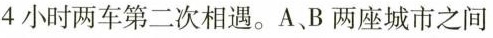
4小时两车第二次相遇。A、B两座城市之间